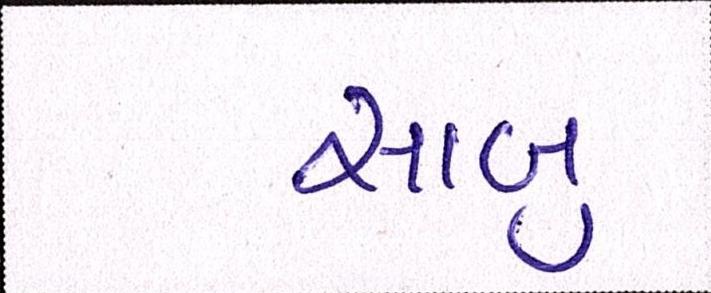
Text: સાબુ